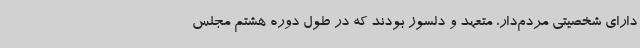
دارای شخصیتی مردم‌دار، متعهد و دلسوز بودند که در طول دوره هشتم مجلس